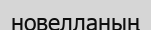
новелланың